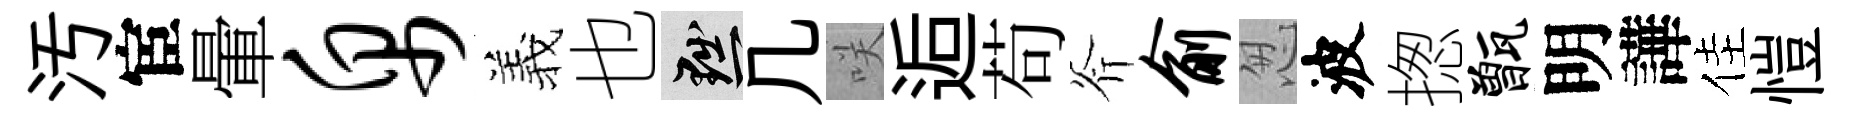
汚宦暈帛羲也黜几咲逅苟斧俞怱波揔甑明譁佳愷